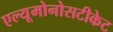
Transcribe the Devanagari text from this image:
एल्यूमोनोसटीकेट